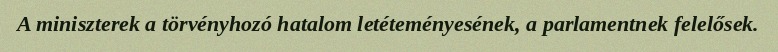
A miniszterek a törvényhozó hatalom letéteményesének, a parlamentnek felelősek.